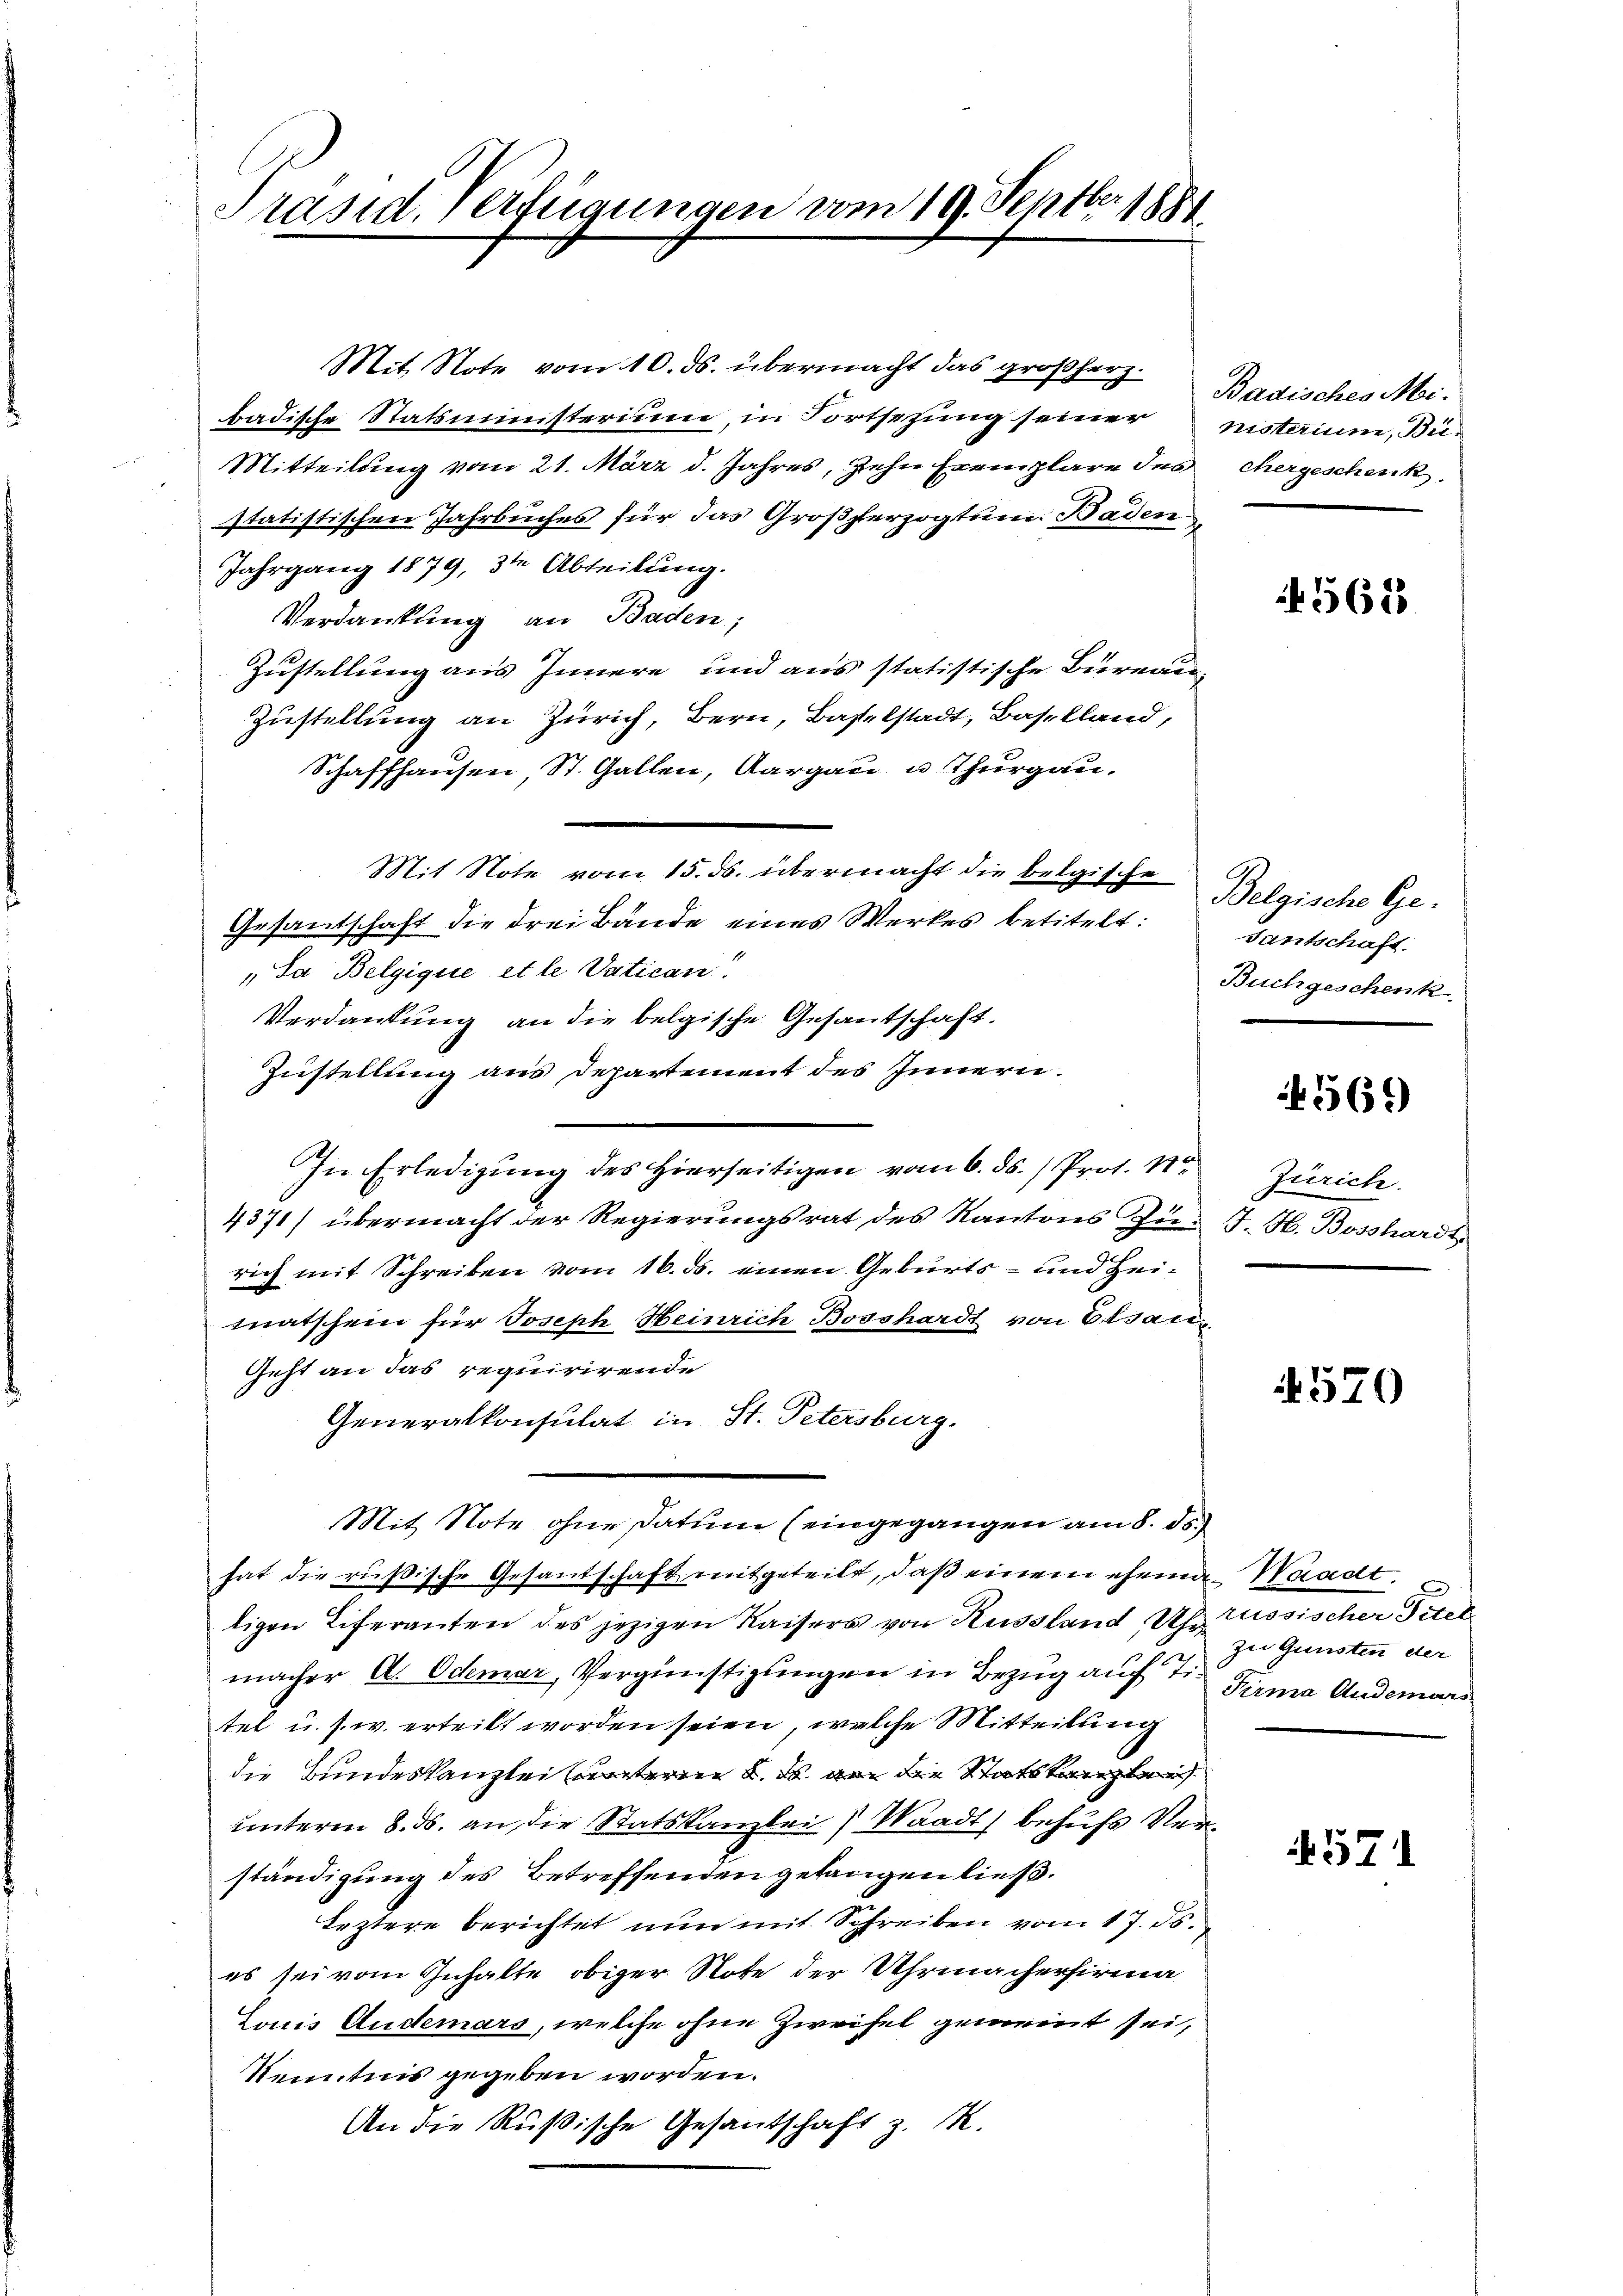
Präsid. Verfügungen vom 19. Septbr 1881

Mit Note vom 10. ds. übermacht das großherz- Badisches Mibadische Statsministerium, in Fortsezung seiner nisterium, Bie-
Mitteilung vom 21. März d. Jahres, zehn Exemplare des chergeschenk
statistischen Jahrbuches für das Großherzogtum Baden
Jahrgang 1879, 3te Abteilung.
Verdankung an Baden;
Zustellung aus Innere und aus statistische Büreau
Zustellung an Zürich, Bern, Baselstadt, Baselland,
Schaffhausen St. Gallen, Aargau u Thurgau.
Mit Note vom 15. ds. übermacht die belgische Belgische Ge-
Gesandschaft die drei Bände eines Werkes betitelt:
„Sa Belgique et le Vatican!
Verdankung an die belgische Gesantschaft.
Zustellung aus Departement des Innern.
In Erledigung des Hierseitigen vom 6. ds. Prot. 11
4371) übermacht der Regierungsrat des Kantons Zurich mit Schreiben vom 16. ds. einen Geburts- und Heimatschein für Joseph Heinrich Bosshardt von Elsan¬
Geht an das requirirende
Generalkonsulat in St. Petersburg.
Mit Note ohne Datum (eingegangen am 8. ds.
hat die rüßische Gesantschaft mitgeteilt, daß einem ehema Waadt.
tigen Eiferanten des jezigen Kaisers von Aussland Uhr Aussischer Titel
macher A. Odemar, Vergünstigungen in Bezug auf die Firma Andemars
tel u. s. w. erteilt worden seien, welche Mitteilung
die Bundeskanzlei unterin u. es an die Statskanzler
unterm 8. ds. an die Statskanzlei Waadt behufs Verständigung des Betreffenden gelangen ließ.
Leztere berichtet nun mit Schreiben vom 17. ds.
es sei vom Gehalte obiger Note der Uhrmacherfirma
Louis Anderars, welche ohne Zweifel gemeint sei,
Kenntnis gegeben worden.
An die Rußische Gesantschaft z. B.

N 5618

Santschaft
Buchgeschenk

561)

Zürich.
J. H. Bosshardt.

4570

zu Gunsten der

571